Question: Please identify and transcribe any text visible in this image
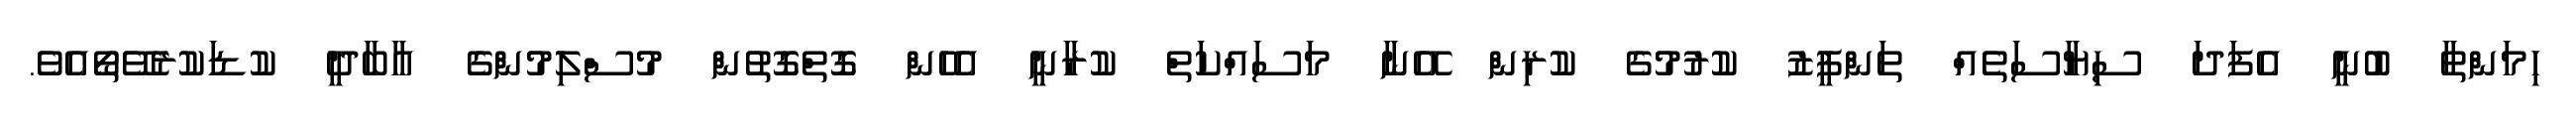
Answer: ހިމަންތާ ބުނީ އެފަދަ ސިޔާސަތެއް ތަންފީޒު ކުރުމުގެ ކުރިން އޭނާ މަސައްކަތް ކުރާނީ އެހެން ގޮތްގޮތުން މުސްލިމުންގެ އާބާދީ ކުޑަކުރެވޭތޯއެވެ.